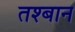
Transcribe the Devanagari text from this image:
तश्बान